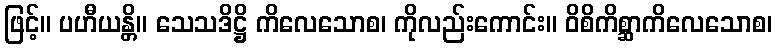
ဖြင့်။ ပဟီယန္တိ။ သေသဒိဋ္ဌိ ကိလေသောစ၊ ကိုလည်းကောင်း။ ဝိစိကိစ္ဆာကိလေသောစ၊